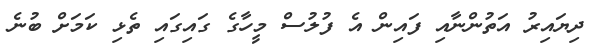
ދިޔައިރު އަތުންނާއި ފައިން އެ ފުލުސް މީހާގެ ގައިގައި ތެޅި ކަމަށް ބުނެ